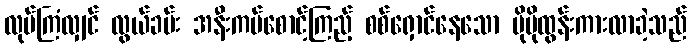
လုပ်ကြံလျှင် လွယ်ခမ်း အနီးကပ်စောင့်ကြည့် စစ်ရှောင်နေသော ပိုမိုထွန်းကားလာခဲ့သည်